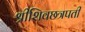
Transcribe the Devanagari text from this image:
श्रीशिवछत्रपती